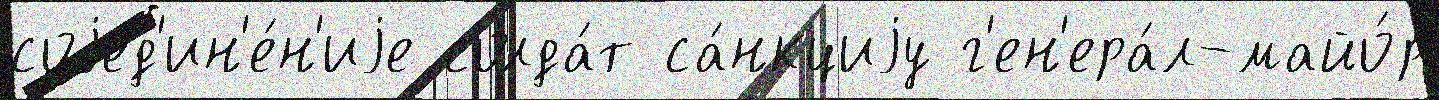
соjед'ин'е́н'иjе солда́т са́нкциjу г'ен'ера́л-майо́р